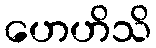
ဟေဟိသိ